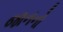
જાનનો